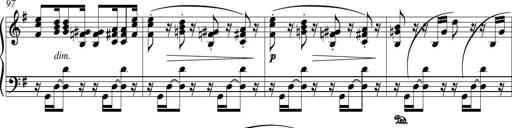
Title: Piano Sonatina in G major
Composer: Johan Peter Emilius Hartmann
Key: G major